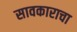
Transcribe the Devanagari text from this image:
सावकाराचा